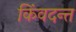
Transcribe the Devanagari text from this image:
किंवदन्त